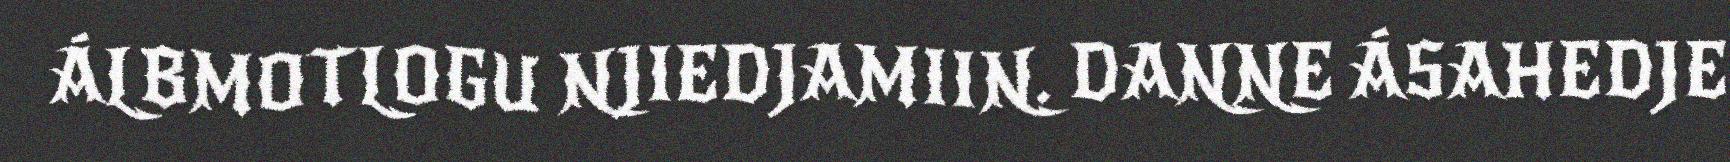
ÁLBMOTLOGU NJIEDJAMIIN. DANNE ÁSAHEDJE